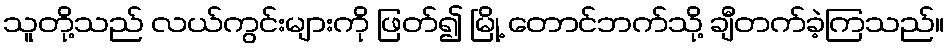
သူတို့သည် လယ်ကွင်းများကို ဖြတ်၍ မြို့ တောင်ဘက်သို့ ချီတက်ခဲ့ကြသည်။